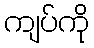
ကျပ်ကို